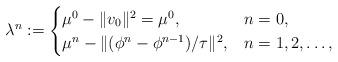
LaTeX: \begin{align*}\lambda^n:=\begin{cases}\mu^0-\|v_0\|^2=\mu^0,& n=0, \\\mu^n-\|(\phi^{n}-\phi^{n-1})/\tau\|^2, & n=1,2,\ldots,\end{cases}\end{align*}